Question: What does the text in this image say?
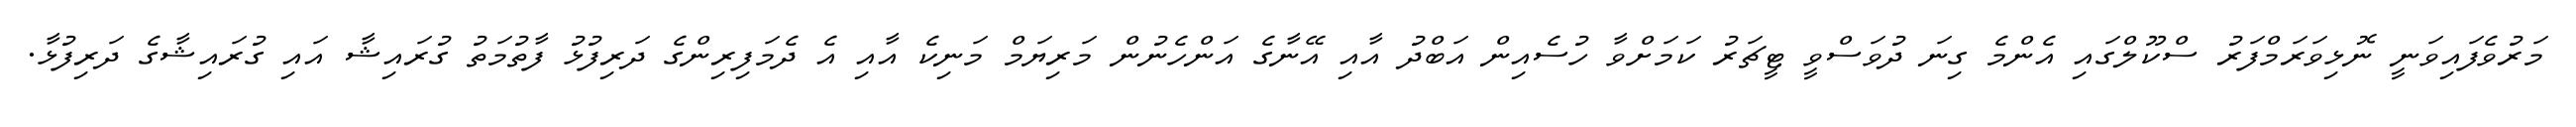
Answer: މަރުވެފައިވަނީ ނޮޅިވަރަމްފަރު ސްކޫލްގައި އެންމެ ގިނަ ދުވަސްވީ ޓީޗަރު ކަމަށްވާ ހުސެއިން އަބްދު އާއި އޭނާގެ އަންހެނުން މަރިޔަމް މަނިކެ އާއި އެ ދެމަފިރިންގެ ދަރިފުޅު ފާތުމަތު ގުރައިޝާ އައި ގުރައިޝާގެ ދަރިފުޅާ.